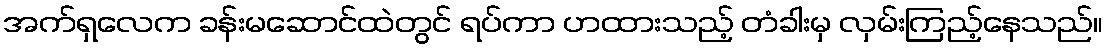
အက်ရှလေက ခန်းမဆောင်ထဲတွင် ရပ်ကာ ဟထားသည့် တံခါးမှ လှမ်းကြည့်နေသည်။